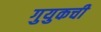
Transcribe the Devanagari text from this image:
गुयुकची